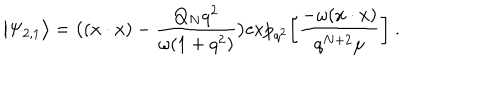
\big | \Psi _ { 2 , 1 } \big > = \big ( ( x \cdot x ) - { \frac { Q _ { N } q ^ { 2 } } { \omega ( 1 + q ^ { 2 } ) } } \big ) \mathrm { e x p } _ { q ^ { 2 } } \bigg [ { \frac { - \omega ( x \cdot x ) } { q ^ { N + 2 } \mu } } \bigg ] \ .